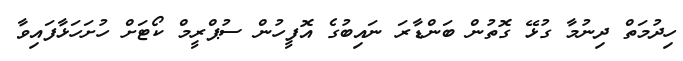
ހިދުމަތް ދިނުމާ ގުޅޭ ގޮތުން ބަންޑާރަ ނައިބުގެ އޮފީހުން ސުޕްރީމް ކޯޓަށް ހުށަހަޅާފައިވާ